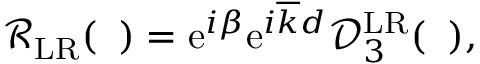
\begin{array} { r } { \mathcal { R } _ { \mathrm { L R } } ( { \it \Delta \phi } ) = \mathrm { e } ^ { i \beta } \mathrm { e } ^ { i \overline { { k } } d } \mathcal { D } _ { 3 } ^ { \mathrm { L R } } ( { \it \Delta \phi } ) , } \end{array}